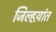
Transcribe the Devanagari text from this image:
जिल्हय़ांत